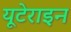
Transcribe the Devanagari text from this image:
यूटेराइन